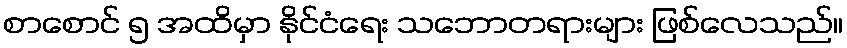
စာစောင် ၅ အထိမှာ နိုင်ငံရေး သဘောတရားများ ဖြစ်လေသည်။